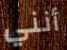
أنني